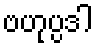
ဗဟုပ္ပဒါ